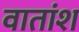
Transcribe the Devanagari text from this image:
वातांश